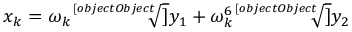
x _ { k } = \omega _ { k } { \sqrt [ [object Object] ] { y _ { 1 } } } + \omega _ { k } ^ { 6 } { \sqrt [ [object Object] ] { y _ { 2 } } }